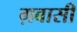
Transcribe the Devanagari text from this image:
ग़वासी